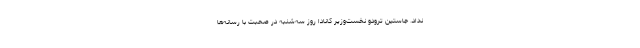
نداد. جاستین ترودو نخست‌وزیر کانادا روز سه‌شنبه در صحبت با رسانه‌ها